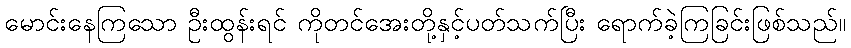
မောင်းနေကြသော ဦးထွန်းရင် ကိုတင်အေးတို့နှင့်ပတ်သက်ပြီး ရောက်ခဲ့ကြခြင်းဖြစ်သည်။